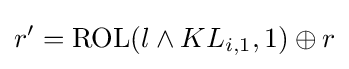
r'={\rm {ROL}}(l\wedge KL_{i,1},1)\oplus r